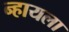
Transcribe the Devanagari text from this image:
न्हायला